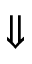
\Downarrow